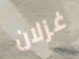
غزلان